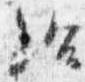
給